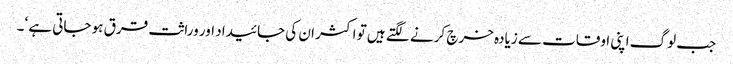
جب لوگ اپنی اوقات سے زیادہ خرچ کرنے لگتے ہیں تو اکثر ان کی جائیداد اور وراثت قرق ہو جاتی ہے ‘۔